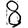
Digit: 8